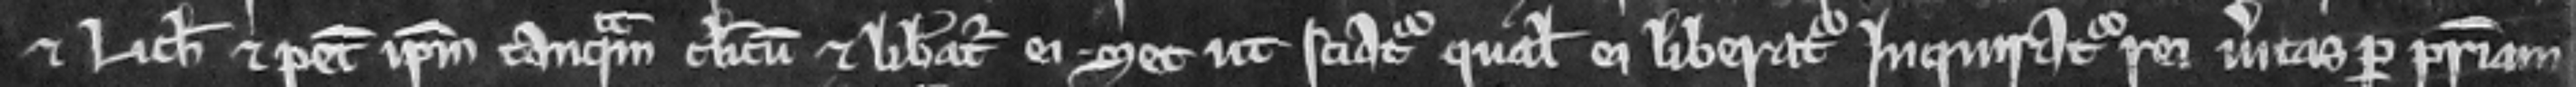
et Lich et petit ipsum tanquam clericum et liberatur ei. Set ut sciatur qualem ei liberatur inquiratur rei veritas per patriam